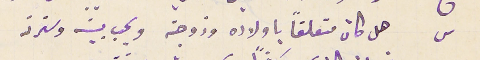
س هل كان متعلقاً باولاده وزوجته ويحب بيته وسترته